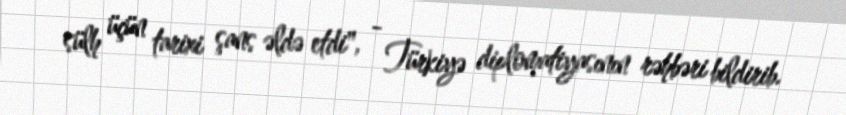
sülh üçün tarixi şans əldə etdi", - Türkiyə diplomatiyasının rəhbəri bildirib.